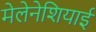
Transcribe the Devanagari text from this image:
मेलेनेशियाई